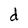
Character: d